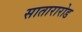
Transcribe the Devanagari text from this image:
सातारारोड